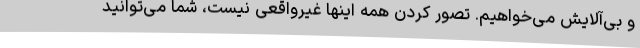
و بی‌آلایش می‌خواهیم. تصور کردن همه اینها غیرواقعی نیست، شما می‌توانید